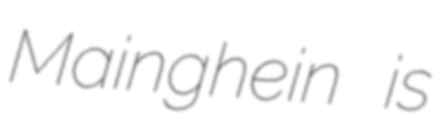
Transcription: Mainghein  is